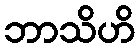
ဘာသိဟိ